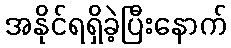
အနိုင်ရရှိခဲ့ပြီးနောက်